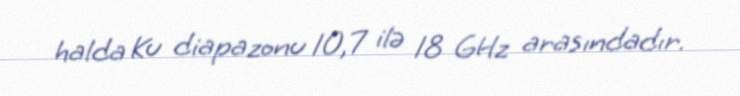
halda Ku diapazonu 10,7 ilə 18 GHz arasındadır.